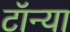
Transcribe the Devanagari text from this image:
टॉन्या